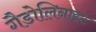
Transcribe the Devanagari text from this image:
गैडोलिनाइट